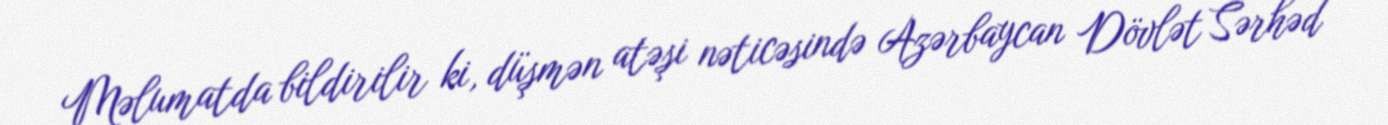
Məlumatda bildirilir ki, düşmən atəşi nəticəsində Azərbaycan Dövlət Sərhəd